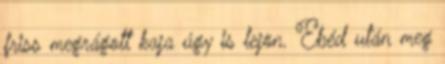
friss megrágott kaja úgy is lejön. Ebéd után meg